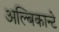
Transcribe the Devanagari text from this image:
अल्बिकान्टे